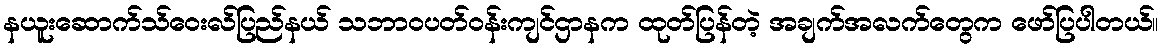
နယူးဆောက်သ်ဝေးလ်ပြည်နယ် သဘာဝပတ်ဝန်းကျင်ဌာနက ထုတ်ပြန်တဲ့ အချက်အလက်တွေက ဖော်ပြပါတယ်။